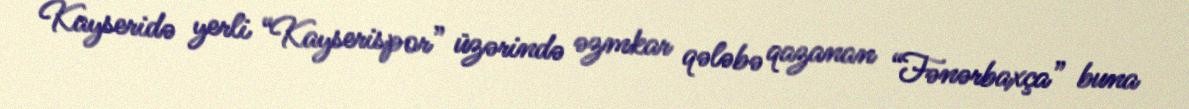
Kayseridə yerli “Kayserispor” üzərində əzmkar qələbə qazanan “Fənərbaxça” buna